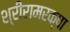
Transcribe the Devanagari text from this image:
श्रीरामरक्षा